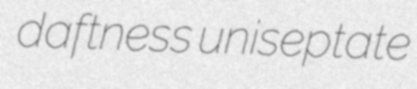
daftness uniseptate